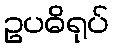
ဥပဓိရုပ်